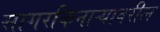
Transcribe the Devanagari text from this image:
सागरकिनाऱ्यावरील